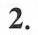
2.